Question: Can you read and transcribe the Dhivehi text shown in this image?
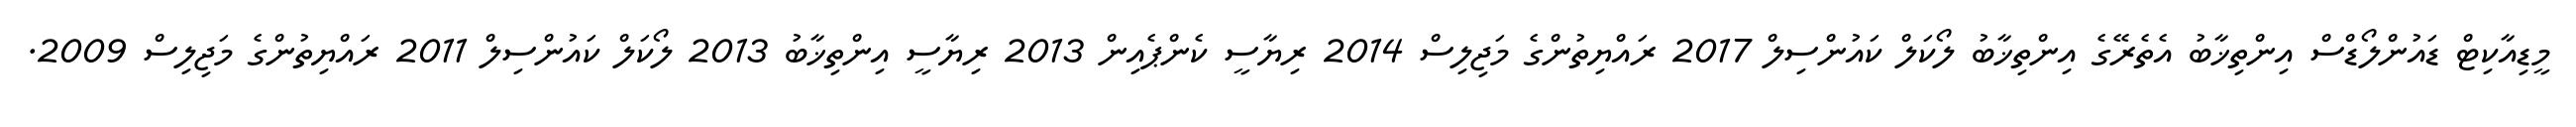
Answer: މީޑިއާކިޓް ޑައުންލޯޑްސް އިންތިޚާބު އެތެރޭގެ އިންތިޚާބު ލޯކަލް ކައުންސިލް 2017 ރައްޔިތުންގެ މަޖިލިސް 2014 ރިޔާސީ ކެންޕެއިން 2013 ރިޔާސީ އިންތިޚާބު 2013 ލޯކަލް ކައުންސިލް 2011 ރައްޔިތުންގެ މަޖިލިސް 2009.